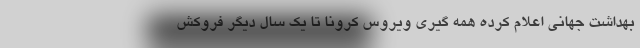
بهداشت جهانی اعلام کرده همه گیری ویروس کرونا تا یک سال دیگر فروکش